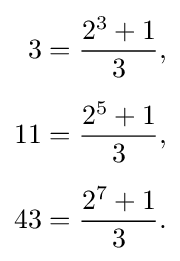
{\begin{aligned}3&={2^{3}+1 \over 3},\\[5pt]11&={2^{5}+1 \over 3},\\[5pt]43&={2^{7}+1 \over 3}.\end{aligned}}